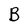
Character: B